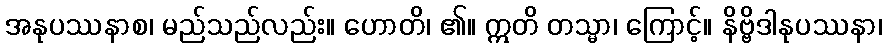
အနုပဿနာစ၊ မည်သည်လည်း။ ဟောတိ၊ ၏။ ဣတိ တသ္မာ၊ ကြောင့်။ နိဗ္ဗိဒါနုပဿနာ၊